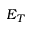
E _ { T }